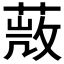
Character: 𦵨